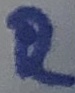
Text: R